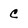
Character: C